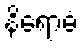
နိရောဓံ